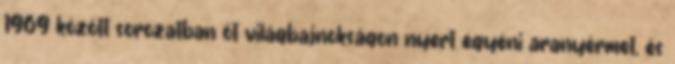
1969 között sorozatban öt világbajnokságon nyert egyéni aranyérmet, és